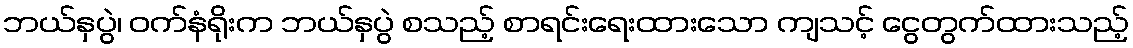
ဘယ်နှပွဲ၊ ဝက်နံရိုးက ဘယ်နှပွဲ စသည့် စာရင်းရေးထားသော ကျသင့် ငွေတွက်ထားသည့်